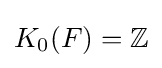
K_{0}(F)=\mathbb {Z}